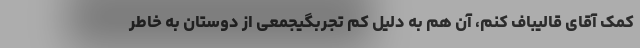
کمک آقای قالیباف کنم، آن هم به دلیل کم تجربگیجمعی از دوستان به خاطر